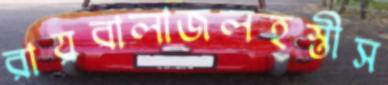
রায়বালাজলহস্তীস